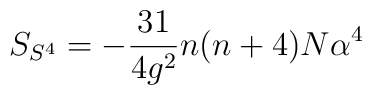
S_{S^{4}}=-\frac{31}{4g^{2}}n(n+4)N\alpha^{4}